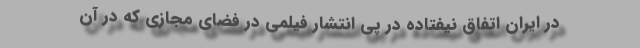
در ایران اتفاق نیفتاده در پی انتشار فیلمی در فضای مجازی که در آن